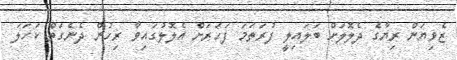
ޒެވިޔަން ރިޔާގެ ދެލޮލަށް ބަލައިލީ ފުރަތަމަ ފަހަރަށް އެލޮލުގައިވާ ރިހުން ދެނެގަތް ކަހަލަ